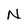
Character: N